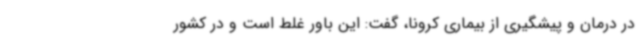
در درمان و پیشگیری از بیماری کرونا، گفت: این باور غلط است و در کشور